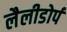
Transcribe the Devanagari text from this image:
लैलीडोर्प